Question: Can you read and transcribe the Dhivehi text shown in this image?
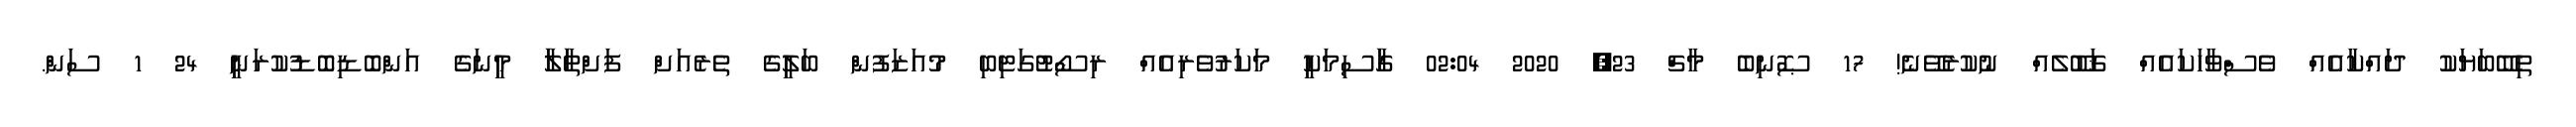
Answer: ތިބޭބަޔަކު ދައްކާއެއް ވެސްވާހަކައެއް ޤަބޫލެއް ނުކުރެވޭނެ! 17 ޞޮނިބެ މާޗް 23, 2020 02:04 ގަާސިމަކިީ މަކަރުވެރިއެއް ރިސޯޓުގަޓިބި މުއަޒަފުން ބަލިީގެ ތެރެއަށް ފަށްތަާލަާ މިީނަގެ އަންބޮޑިބޮޑުކުރަނިީ 24 1 ސަން.